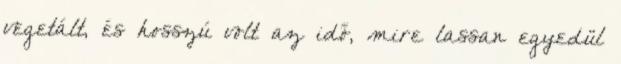
vegetált, és hosszú volt az idő, mire lassan egyedül